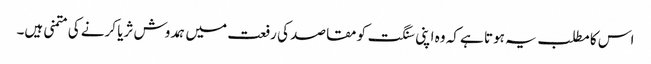
اس کا مطلب یہ ہوتا ہے کہ وہ اپنی سنگت کو مقاصد کی رفعت میں ہمدوش ثریا کرنے کی متمنی ہیں۔